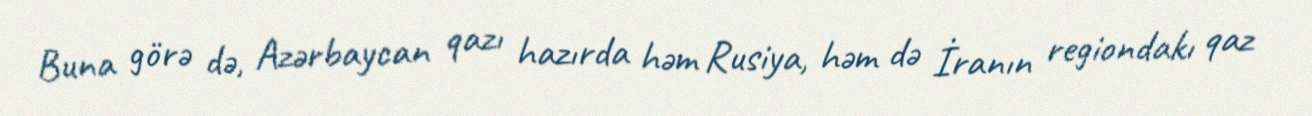
Buna görə də, Azərbaycan qazı hazırda həm Rusiya, həm də İranın regiondakı qaz